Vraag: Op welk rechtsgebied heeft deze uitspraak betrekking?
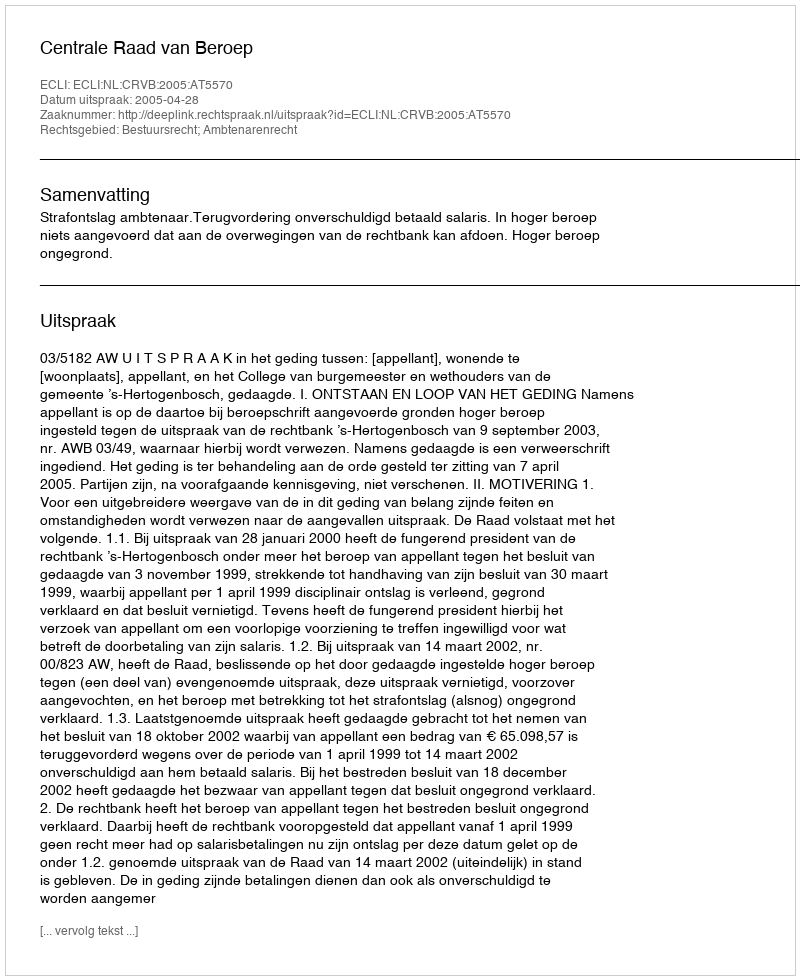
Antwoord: Bestuursrecht; Ambtenarenrecht